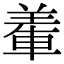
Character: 𨌅